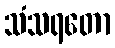
သံသရတော